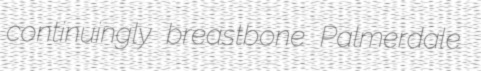
continuingly breastbone Palmerdale